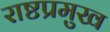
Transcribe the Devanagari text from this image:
राष्टप्रमुख